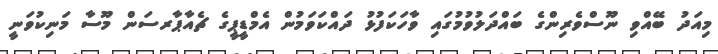
މިއަދު ބޭއްވި ނޫސްވެރިންގެ ބައްދަލުވުމުގައި ވާހަކަފުޅު ދައްކަވަމުން އެމްޑީޕީގެ ޗެއާޕާރސަން މޫސާ މަނިކުވަނީ